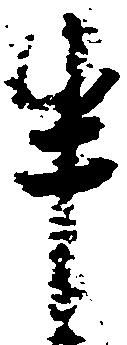
半